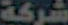
شركة